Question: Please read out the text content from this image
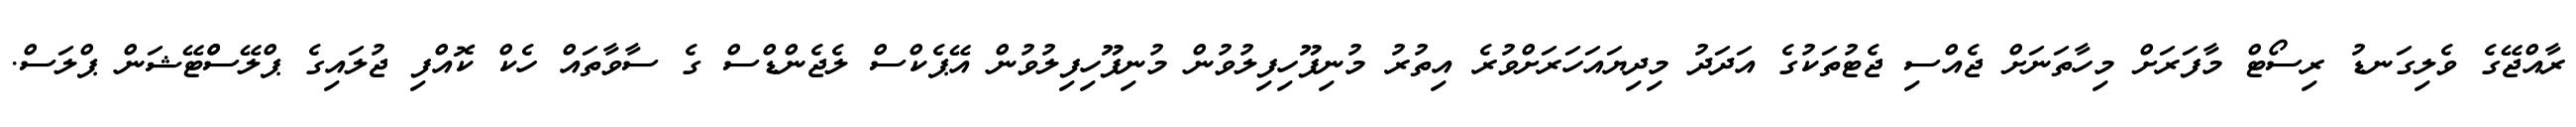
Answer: ރާއްޖޭގެ ވެލިގަނޑު ރިސޯޓް މާފަރަށް މިހާތަނަށް ޖެއްސި ޖެޓުތަކުގެ އަދަދު މިދިޔައަހަރަށްވުރެ އިތުރު މުނިފޫހިފިލުވުން މުނިފޫހިފިލުވުން އޭޕެކްސް ލެޖެންޑްސް ގެ ސާވާތައް ހެކް ކޮއްފި ޖުލައިގެ ޕްލޭސްްޓޭޝަން ޕްލަސް.